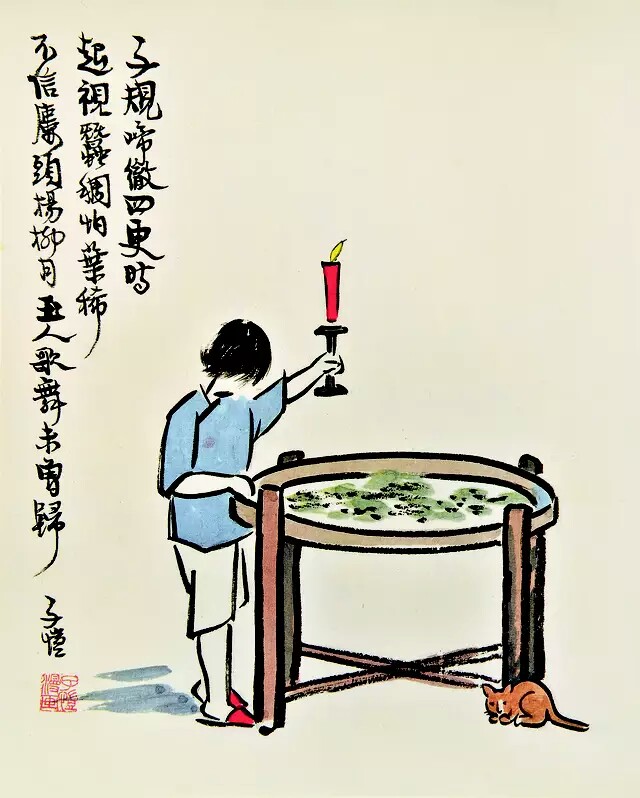
不信楼头杨柳月，玉人歌舞未曾归。